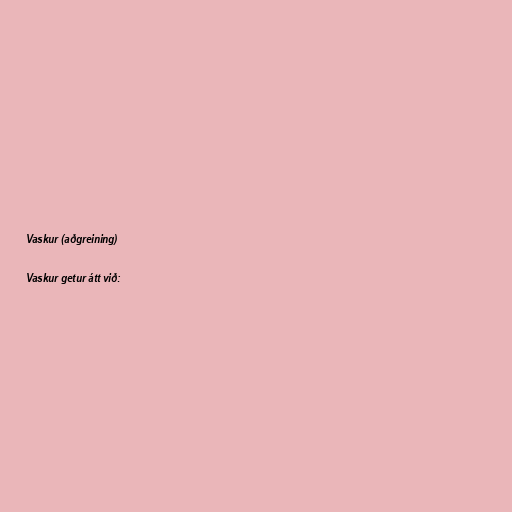
Vaskur (aðgreining)

Vaskur getur átt við: